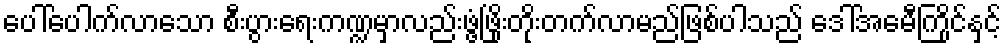
ပေါ်ပေါက်လာသော စီးပွားရေးကဏ္ဍမှာလည်းဖွံ့ဖြိုးတိုးတက်လာမည်ဖြစ်ပါသည် ဒေါ်အေမီကြိုင်နှင့်